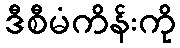
ဒီစီမံကိန်းကို